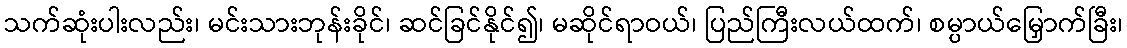
သက်ဆုံးပါးလည်း၊ မင်းသားဘုန်းခိုင်၊ ဆင်ခြင်နိုင်၍၊ မဆိုင်ရာဝယ်၊ ပြည်ကြီးလယ်ထက်၊ စမ္ပာယ်မြှောက်ခြီး၊